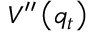
V ^ { \prime \prime } \left( q _ { t } \right)